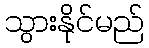
သွားနိုင်မည်